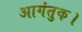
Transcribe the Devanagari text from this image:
आगंतुक।